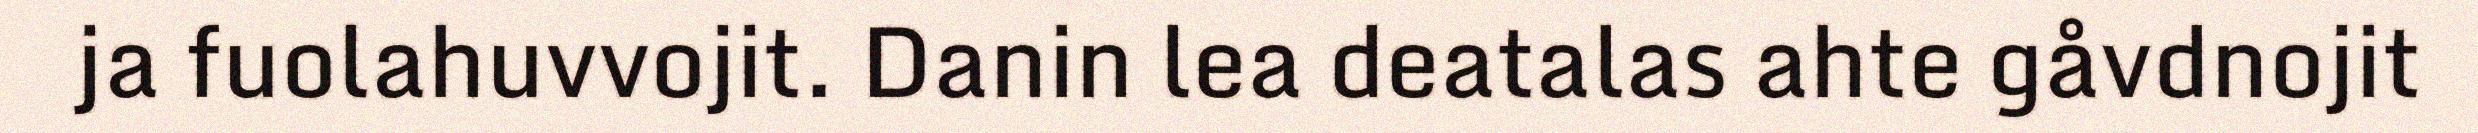
ja fuolahuvvojit. Danin lea deatalas ahte gåvdnojit